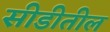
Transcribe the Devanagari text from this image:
सीडीतील